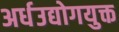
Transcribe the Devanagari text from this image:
अर्धउद्योगयुक्त